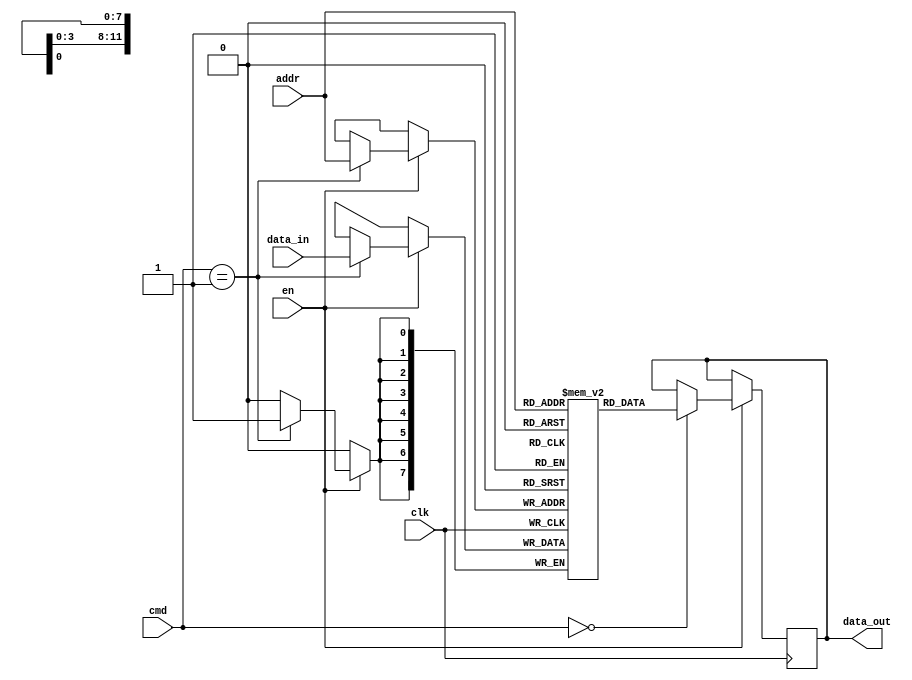
module DDR_SDRAM (
    input wire clk,
    input wire [11:0] addr,
    input wire [1:0] cmd,
    input wire en,
    input wire [7:0] data_in,
    output reg [7:0] data_out
);

reg [7:0] memory [0:4095]; // 4k memory blocks

always @(posedge clk) begin
    if (en) begin
        case(cmd)
            2'b00: data_out <= memory[addr];
            2'b01: memory[addr] <= data_in;
        endcase
    end
end

endmodule